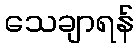
သေချာရန်